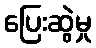
ပြေးဆွဲမှု